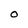
Character: O